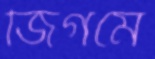
জিগমে